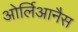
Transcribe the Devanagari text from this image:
ओर्लिआनैस